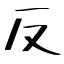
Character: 反